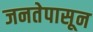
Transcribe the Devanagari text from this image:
जनतेपासून